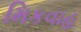
મિકવાહ